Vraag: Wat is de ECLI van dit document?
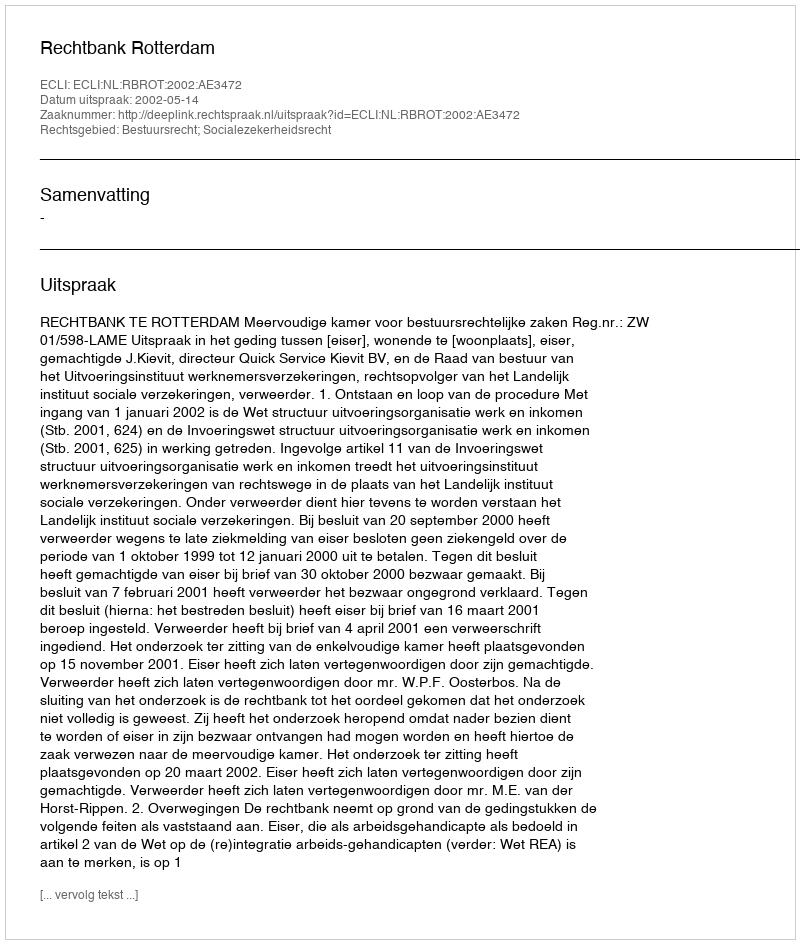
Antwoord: ECLI:NL:RBROT:2002:AE3472